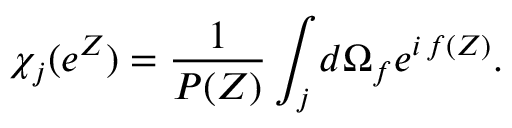
\chi _ { j } ( e ^ { Z } ) = { \frac { 1 } { P ( Z ) } } \int _ { j } d \Omega _ { f } e ^ { i \, f ( Z ) } .